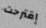
إقترحت